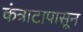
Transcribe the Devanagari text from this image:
कंत्राटापासून